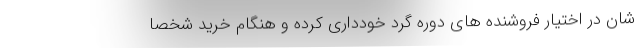
شان در اختیار فروشنده های دوره گرد خودداری کرده و هنگام خرید شخصا